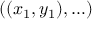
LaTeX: ( ( x _ { 1 } , y _ { 1 } ) , \ldots )